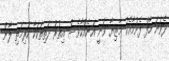
ދެވަނަ ހާފް ފެށުމާއެކު މާޒިޔާ ވަނީ އަނެއްކާވެސް އިތުރު ދަތިތަކަކާ ކުރިމަތި ލާން